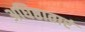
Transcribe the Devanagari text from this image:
अधिष्ठातारं